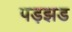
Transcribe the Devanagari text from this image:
पड़झड